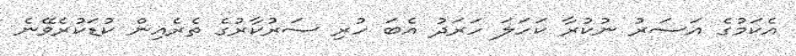
އެކަމުގެ އަސަރު ނުކުރާ ކަހަލަ ހަރަދު އެބަ ހުރި ސަރުކާރުގެ ތެރެއިން ކުޑަކުރެވޭނެ